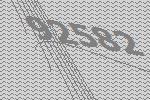
92582